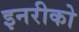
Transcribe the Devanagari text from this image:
इनरीको